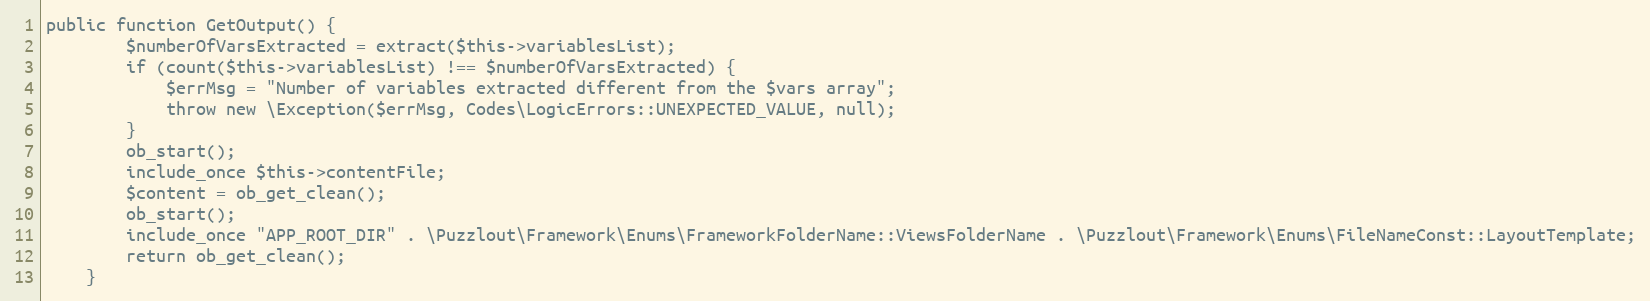
Language: PHP
public function GetOutput() {
        $numberOfVarsExtracted = extract($this->variablesList);
        if (count($this->variablesList) !== $numberOfVarsExtracted) {
            $errMsg = "Number of variables extracted different from the $vars array";
            throw new \Exception($errMsg, Codes\LogicErrors::UNEXPECTED_VALUE, null);
        }
        ob_start();
        include_once $this->contentFile;
        $content = ob_get_clean();
        ob_start();
        include_once "APP_ROOT_DIR" . \Puzzlout\Framework\Enums\FrameworkFolderName::ViewsFolderName . \Puzzlout\Framework\Enums\FileNameConst::LayoutTemplate;
        return ob_get_clean();
    }